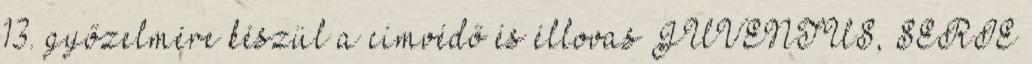
13. győzelmére készül a címvédő és éllovas JUVENTUS, SERIE